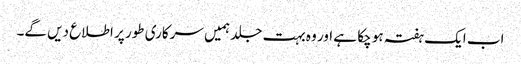
اب ایک ہفتہ ہو چکا ہے اور وہ بہت جلد ہمیں سرکاری طور پر اطلاع دیں گے۔